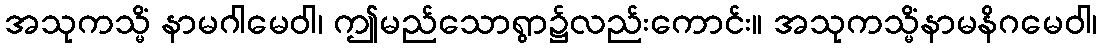
အသုကသ္မိံ နာမဂါမေဝါ၊ ဤမည်သောရွာ၌လည်းကောင်း။ အသုကသ္မိံနာမနိဂမေဝါ၊